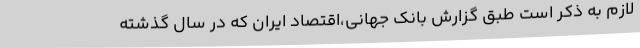
لازم به ذکر است طبق گزارش بانک جهانی،اقتصاد ایران که در سال گذشته